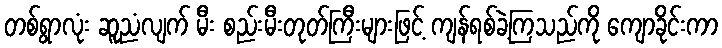
တစ်ရွာလုံး ဆူညံလျက် မီး စည်းမီးတုတ်ကြီးများဖြင့် ကျန်ရစ်ခဲ့ကြသည်ကို ကျောခိုင်းကာ